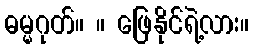
ဓမ္မဂုတ်။ ။ ဖြေနိုင်ရဲ့လား။